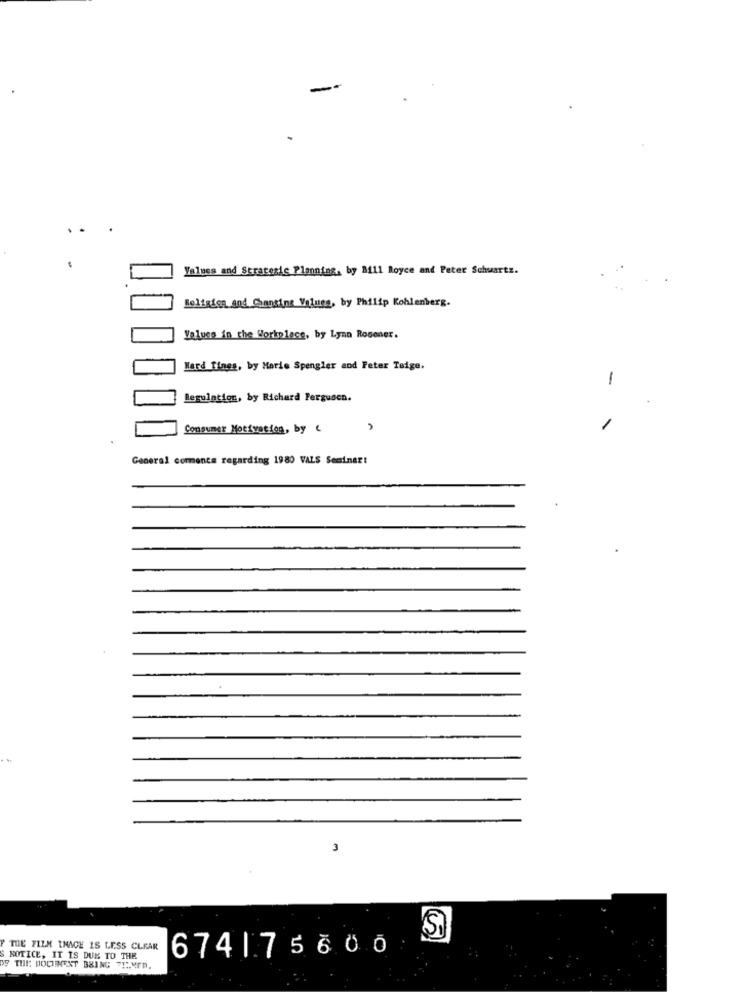
Values and Strategic Planning, by Bill Royce and Pater Schwartz.
Religion and Chanting Volume, by Philip Kohlenberg.
Values in the Workplace, by Lynn Rosoner.
Hard Times, by Marie Spengler and Peter Teige.
-
Regulation, by Richard Ferguson.
Consumer Motivation, by
A
General comments regarding 1980 VALS Seminar:
3
THE FILM INAGE IS LESS CLEAR
674175600
S NOTICE, IT IS DUE TO THE
OF THE DOCUMENT BBING TTLMED.